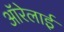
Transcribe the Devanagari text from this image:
ऑरेलाई